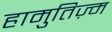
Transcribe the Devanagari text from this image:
हामुतिज़्म